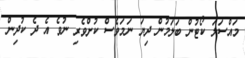
މައްސަލަަ ކޯޓުން ބަލަމުން ދިޔަ ނަމަވެސް ކުށްވެރި ނުވެ އެ ދެ ކުދިން